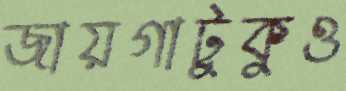
জায়গাটুকুও